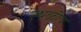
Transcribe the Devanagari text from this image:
स्थळीय